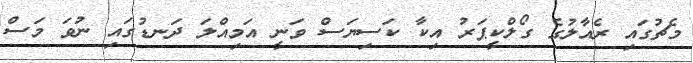
މެޗުގައި ރެއާލުގެ ގޯލްކީޕަރު އިކާ ކަސިޔަސް ވަނީ އަމިއްލަ ދަނޑުގައި ނުވަ މަސް